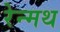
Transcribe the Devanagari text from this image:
रेन्मथ